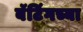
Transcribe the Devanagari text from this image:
बॅटिंगच्या